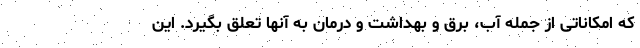
که امکاناتی از جمله آب، برق و بهداشت و درمان به آنها تعلق بگیرد. این